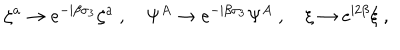
LaTeX: \zeta ^ { a } \rightarrow e ^ { - \mathrm { i } \beta \sigma _ { 3 } } \zeta ^ { a } \ , \quad \Psi ^ { A } \rightarrow e ^ { - \mathrm { i } \beta \sigma _ { 3 } } \Psi ^ { A } \ , \quad \xi \rightarrow e ^ { \mathrm { i } 2 \beta } \xi \ ,